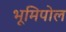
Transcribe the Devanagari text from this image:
भूमिपोल